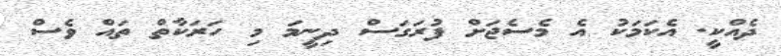
ދެއްކީ. އެކަމަކު އެ މެސެޖަށް ފުރަގަސް ދިނީމަ މި ހަރަކާތް ތައް ވެސް